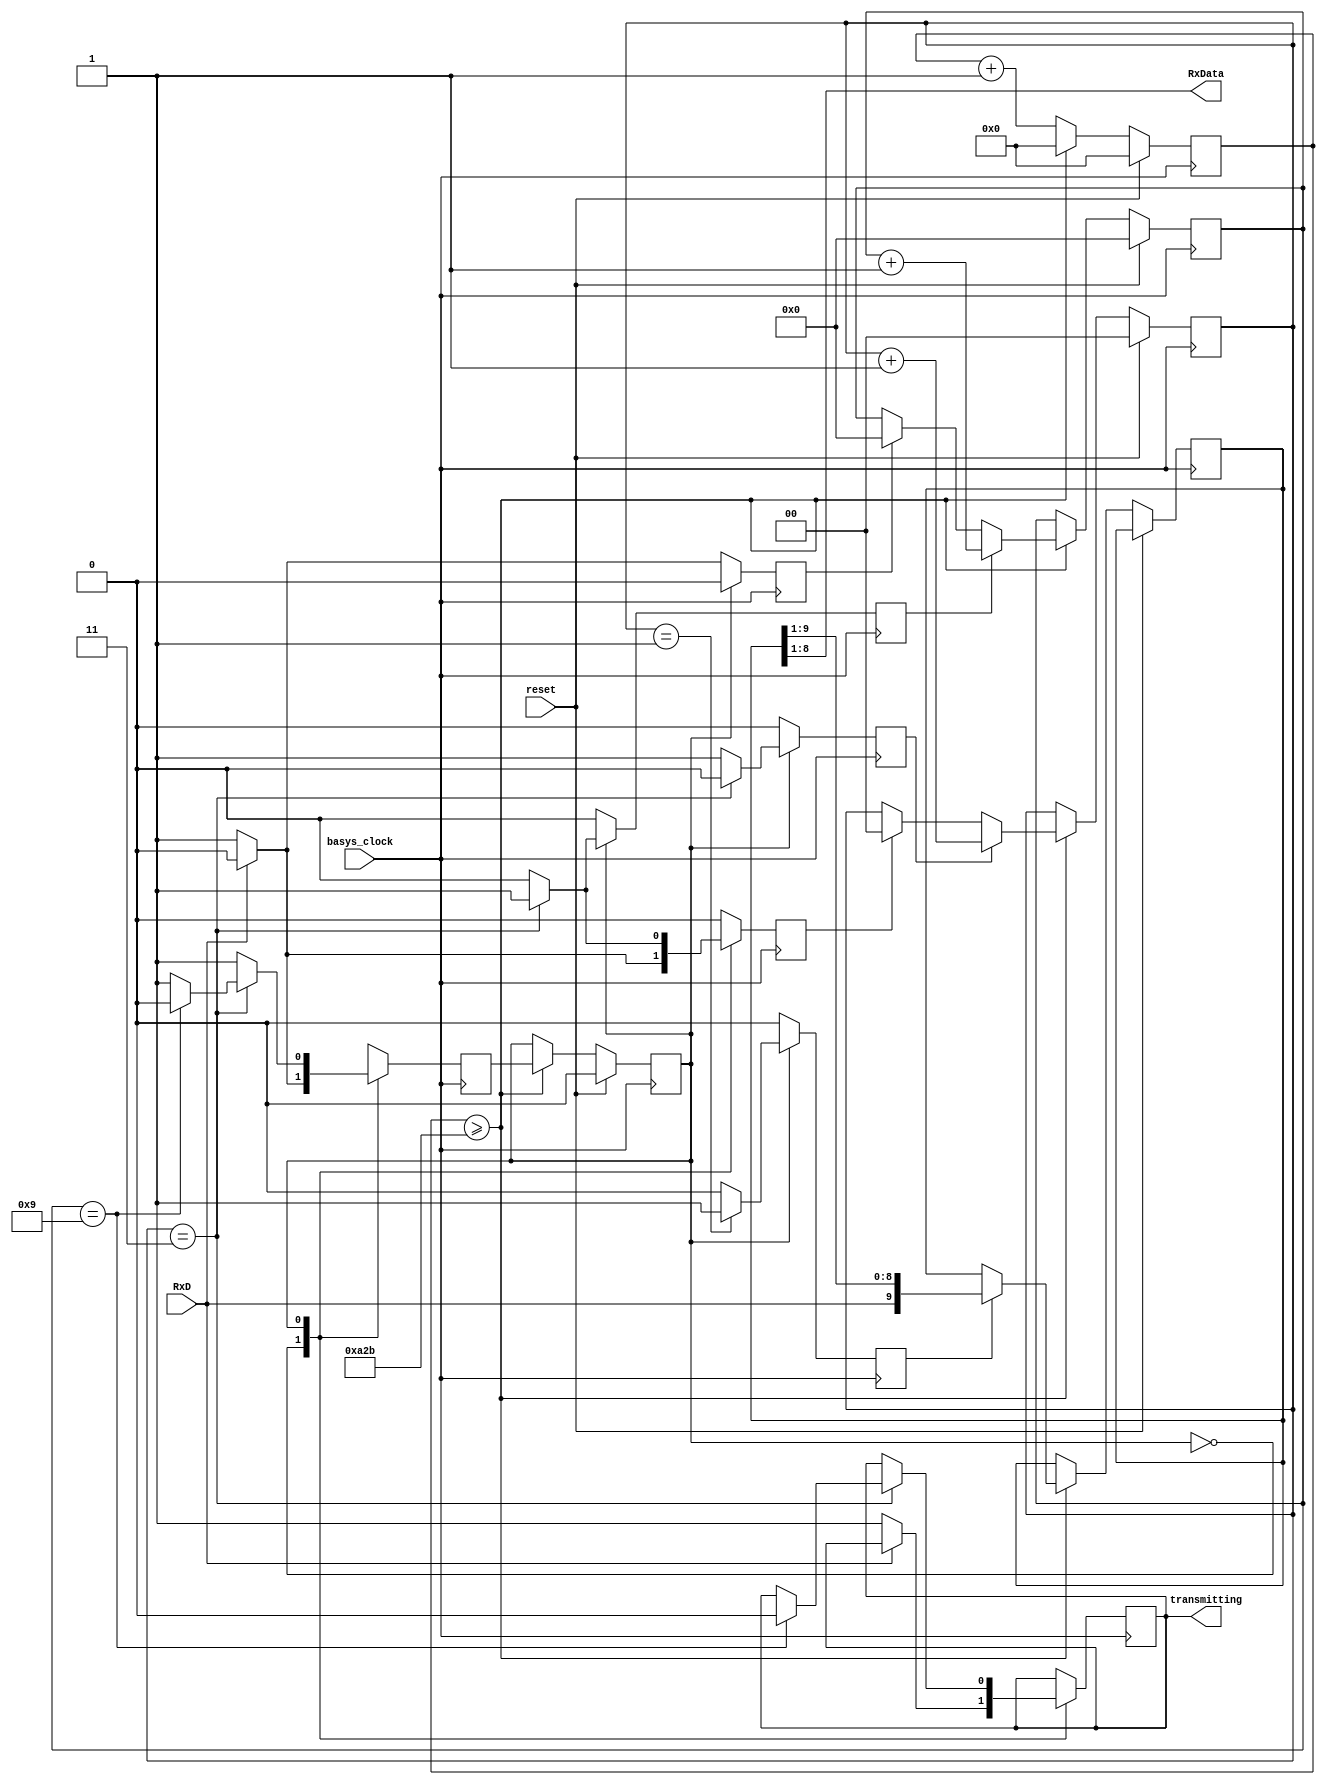
`timescale 1ns / 1ps
//////////////////////////////////////////////////////////////////////////////////
// Company: 
// Engineer: 
// 
// Design Name: 
// Module Name: Receiver
// Project Name: 
// Target Devices: 
// Tool Versions: 
// Description: 
// 
// Dependencies: 
// 
// Revision:
// Revision 0.01 - File Created
// Additional Comments:
// 
//////////////////////////////////////////////////////////////////////////////////

// Referenced from: https://www.youtube.com/watch?v=XpfEHPg5AxU&ab_channel=ElectronicswithProf.Mughal
module receiver(
    input basys_clock,      // FPGA Basys 3 Board Clock
    input reset,
    input RxD,            // UART signal input
    output [7:0] RxData,  // data that we receive at the receiving end, using 8 rightmost least significant bits
    output reg transmitting = 1
);

//     // calling the module
//    // Basys3 as a UART receiver from the laptop
//    receiver R1(.basys_clock(basys_clock), .reset(btnU), .RxD(RxD), .RxData(led[7:0]));

    // Internal Variables
    reg shift;
    reg state, nextstate;
    reg [3:0] bit_counter;
    reg [1:0] sample_counter;
    reg [13:0] baudrate_counter;
    reg [9:0] rxshift_reg;
    reg clear_bitcounter, inc_bitcounter, inc_samplecounter, clear_samplecounter;
    
    // Constants
    parameter clk_freq = 100_000_000;
    parameter baud_rate = 9_600;
    parameter div_sample = 4;
    parameter div_counter = clk_freq/(baud_rate*div_sample);
    parameter mid_sample = (div_sample/2);
    parameter div_bit = 10;
    
    assign RxData = rxshift_reg [8:1];
    
    //UART Receiver Logic
    always @(posedge basys_clock)
    begin
        if (reset) begin //if reset button is pressed, all counters are reset
            state <=0; //idle
            bit_counter <=0;
            baudrate_counter <=0;
            sample_counter <=0;
        end 
        else begin
            baudrate_counter <= baudrate_counter +1;
            if (baudrate_counter >= div_counter-1) begin //if the counter reach the BR with sampling
                baudrate_counter <=0; //reset counter
                state <= nextstate;
                if (shift) rxshift_reg <= {RxD, rxshift_reg[9:1]};
                if (clear_samplecounter) sample_counter <=0;
                if (inc_samplecounter) sample_counter <= sample_counter +1;
                if (clear_bitcounter) bit_counter <=0;
                if (inc_bitcounter) bit_counter <= bit_counter +1;
            end
        end
    end
    
        // State Machine
        always @ (posedge basys_clock) begin
            shift <= 0;
            clear_samplecounter <= 0;
            inc_samplecounter <= 0;
            clear_bitcounter <= 0;
            inc_bitcounter <= 0;
            nextstate <= 0;
    
            case (state)
                0: begin // Idle State
                    if (RxD) // If input RxD line is asserted
                    begin
                        nextstate <= 0; // Stay in the idle state, RxD needs to be 1
                    end
                    else begin
                        nextstate <= 1; // Receiving state
                        clear_bitcounter <= 1; // Trigger to clear the bit counter
                        clear_samplecounter <= 1; // Trigger to clear the sample counter
                        // Set the transmitting signal to 1 when data transmission starts
                        transmitting <= 1'b1;
                    end
                end
    
                1: begin // Receiving State
                    nextstate <= 1; // DEFAULT
                    if (sample_counter == mid_sample - 1) shift <= 1;
                    if (sample_counter == div_sample - 1) begin
                        if (bit_counter == div_bit - 1) begin
                            nextstate <= 0;
                            // Set the transmitting signal to 0 when data transmission is complete
                            transmitting <= 1'b0;
                        end
                        inc_bitcounter <= 1;
                        clear_samplecounter <= 1;
                    end 
                    else inc_samplecounter <= 1;
                end
    
                default: nextstate <= 0;
            endcase
        end

endmodule